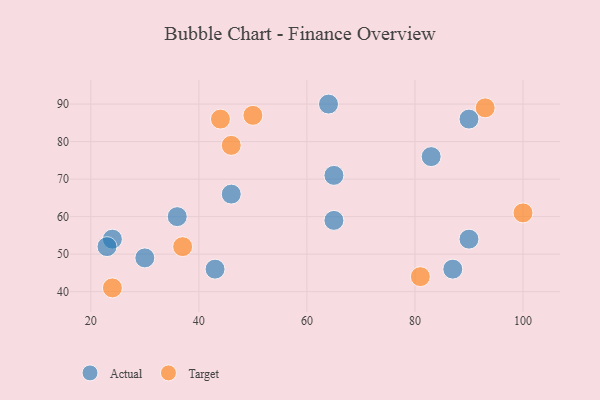
{"axis": {"x": "GDP", "y": "Life Expectancy"}, "legend": ["Actual", "Target"], "data": [{"x": "30", "y": 49, "type": "Actual"}, {"x": "46", "y": 66, "type": "Actual"}, {"x": "64", "y": 90, "type": "Actual"}, {"x": "24", "y": 54, "type": "Actual"}, {"x": "83", "y": 76, "type": "Actual"}, {"x": "23", "y": 52, "type": "Actual"}, {"x": "87", "y": 46, "type": "Actual"}, {"x": "90", "y": 86, "type": "Actual"}, {"x": "90", "y": 54, "type": "Actual"}, {"x": "65", "y": 59, "type": "Actual"}, {"x": "43", "y": 46, "type": "Actual"}, {"x": "65", "y": 71, "type": "Actual"}, {"x": "36", "y": 60, "type": "Actual"}, {"x": "81", "y": 44, "type": "Target"}, {"x": "100", "y": 61, "type": "Target"}, {"x": "93", "y": 89, "type": "Target"}, {"x": "37", "y": 52, "type": "Target"}, {"x": "50", "y": 87, "type": "Target"}, {"x": "46", "y": 79, "type": "Target"}, {"x": "44", "y": 86, "type": "Target"}, {"x": "24", "y": 41, "type": "Target"}]}